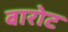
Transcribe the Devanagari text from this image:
बारोट